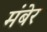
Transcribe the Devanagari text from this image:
मंबेर